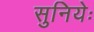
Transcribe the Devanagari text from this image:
सुनियेः